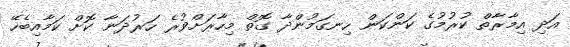
އަދި އިމާރާތް ކުރުމުގެ ކަންކަން ހިނގަމުންދާ ގޮތް މިހާރަށްވުރެ ހަރުދަނާ ކޮށް ކަމާއިބެހޭ